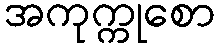
အကုက္ကုစော